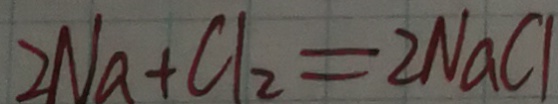
2 N a + C l _ { 2 } = 2 N a C l